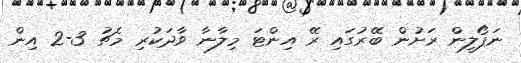
ނަޕޯލީން ރަށުން ބޭރުގައި ރޭ އިންޓަ މިލާނާ ވާދަކުރި މެޗު 3-2 އިން